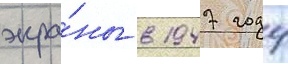
экра́ны в 1947 году